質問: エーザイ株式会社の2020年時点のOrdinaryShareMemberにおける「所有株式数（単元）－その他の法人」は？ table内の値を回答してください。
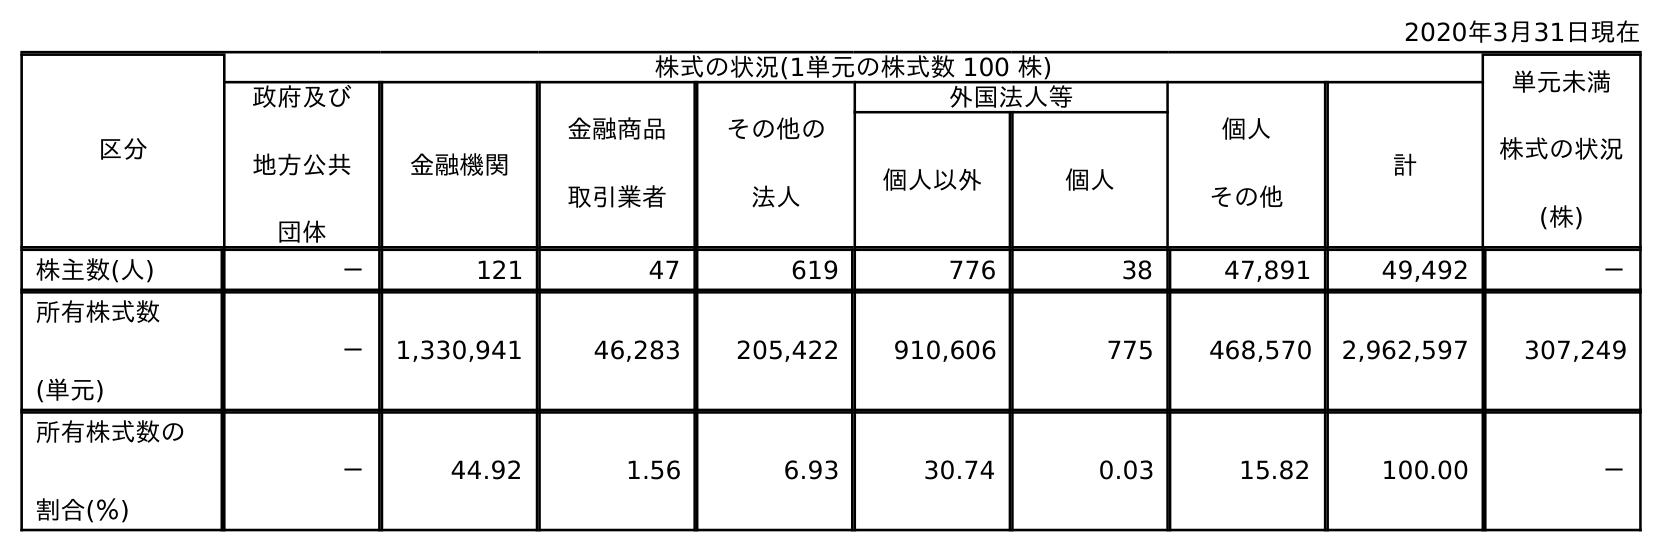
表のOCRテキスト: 2020年3月31日現在 区分 株式の状況(1単元の株式数 100 株) 単元未満 株式の状況 (株) 政府及び 地方公共 団体 金融機関 金融商品 取引業者 その他の 法人 外国法人等 個人 その他 計 個人以外 個人 株主数(人) － 121 47 619 776 38 47,891 49,492 － 所有株式数 (単元) － 1,330,941 46,283 205,422 910,606 775 468,570 2,962,597 307,249 所有株式数の 割合(％) － 44.92 1.56 6.93 30.74 0.03 15.82 100.00 －
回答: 205,422